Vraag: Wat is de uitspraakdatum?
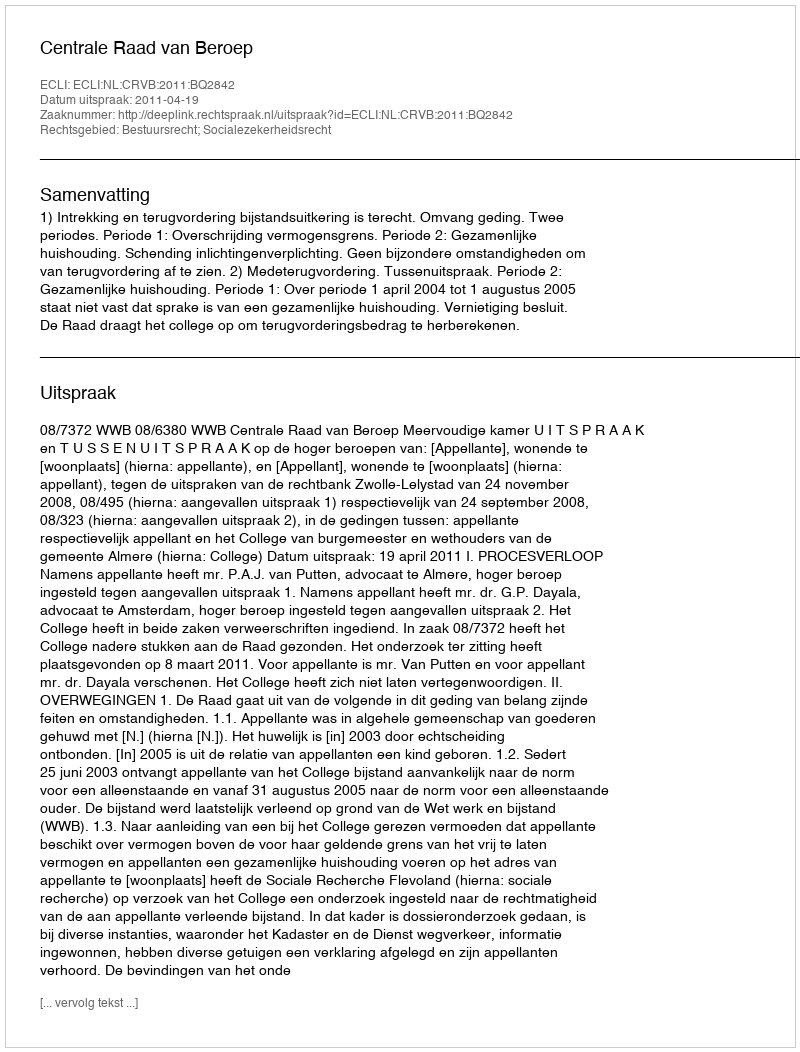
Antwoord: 2011-04-19